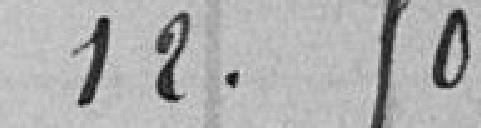
12.50